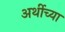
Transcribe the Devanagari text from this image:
अर्थीच्या